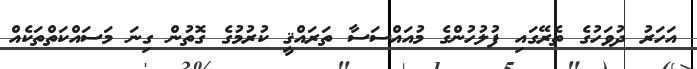
އަހަރު ދުވަހުގެ ތެރޭގައި ފުލުހުންގެ މުއައްސަސާ ތަރައްޤީ ކުރުމުގެ ގޮތުން ގިނަ މަސައްކަތްތަކެއް